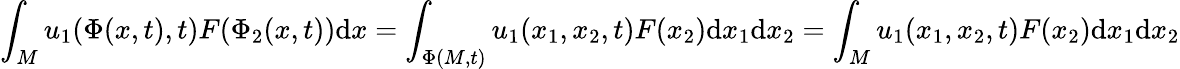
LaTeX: \int_{M}u_{1}(\Phi(x,t),t)F(\Phi_{2}(x,t))\mathrm{d}x=\int_{\Phi(M,t)}u_{1}(x_{1},x_{2},t)F(x_{2})\mathrm{d}x_{1}\mathrm{d}x_{2}=\int_{M}u_{1}(x_{1},x_{2},t)F(x_{2})\mathrm{d}x_{1}\mathrm{d}x_{2}